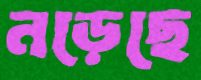
নড়েছে